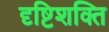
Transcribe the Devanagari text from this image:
दृष्टिशक्ति